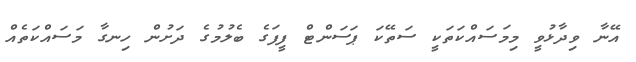
އޭނާ ވިދާޅުވީ މިމަސައްކަތަކީ ސަތޭކަ ޕަސަންޓް ފީފަގެ ބެލުމުގެ ދަށުން ހިނގާ މަސައްކަތެއް